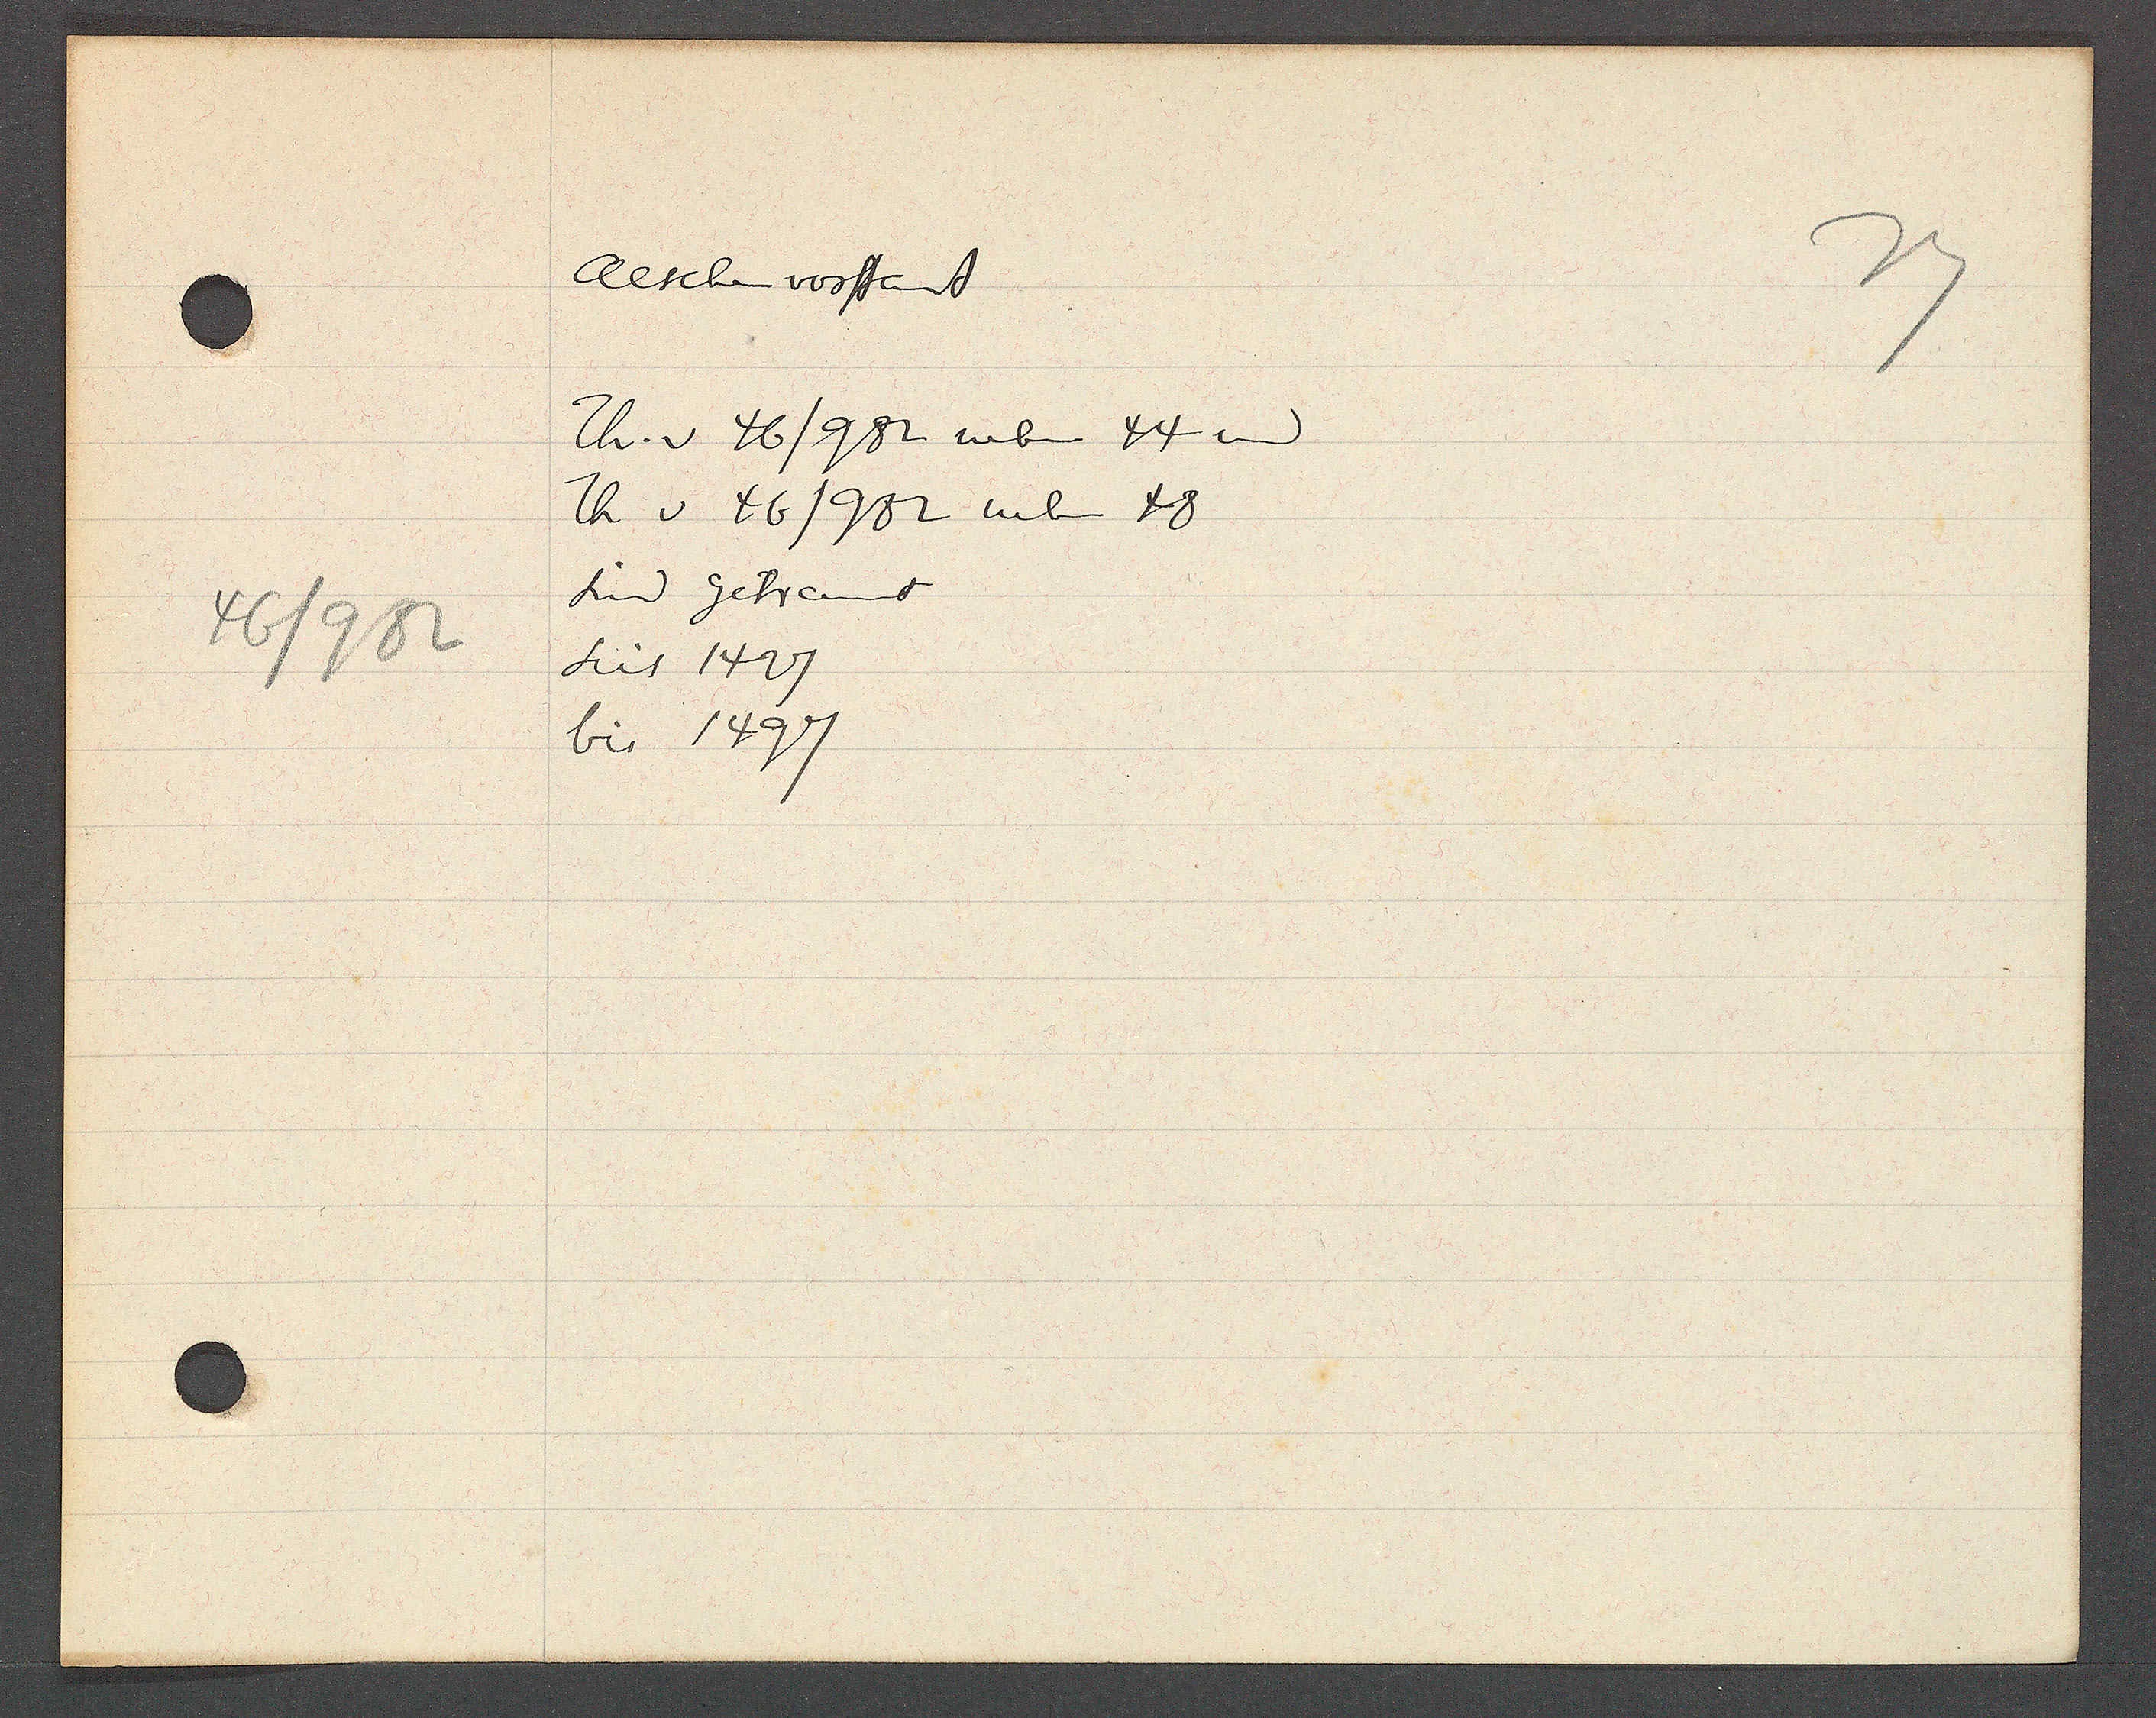
Transcript:
46/982

Aeschenvorstad

Th. v 46/982 neben 44 und
Th v 46/982 neben 48
sind getrennt
seit 1427
bis 1497